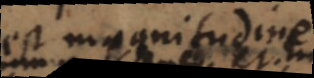
est magnitudine